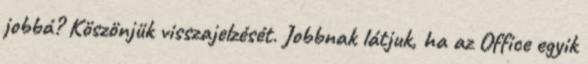
jobbá? Köszönjük visszajelzését. Jobbnak látjuk, ha az Office egyik